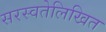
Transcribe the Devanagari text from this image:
सरस्वतेलिखित